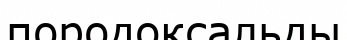
породоксальды